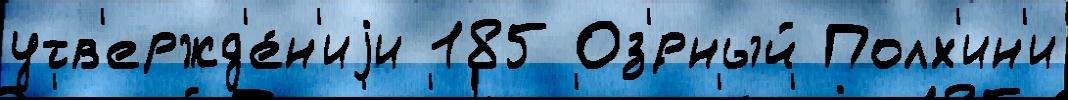
утв'ержд'е́н'иjи 185 Оз'́рный Полх'ин'и